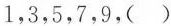
1，3，5，7，9，( )